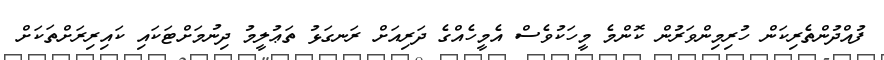
ފުއްދުންތެރިކަން ހުރިމިންވަރުން ކޮންމެ މީހަކުވެސް އެމީހެއްގެ ދަރިއަށް ރަނގަޅު ތަޢުލީމު ދިނުމަށްޓަކައި ކައިރިރަށްތަކަށް